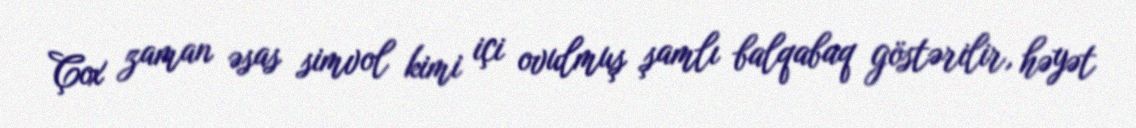
Çox zaman əsas simvol kimi içi ovulmuş şamlı balqabaq göstərilir, həyət